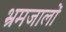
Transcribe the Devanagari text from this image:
भ्रमजालों